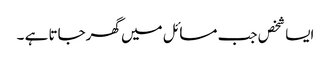
ایسا شخص جب مسائل میں گھرجاتا ہے ۔